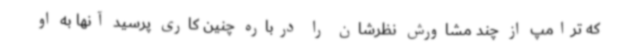
که ترامپ از چند مشاورش نظرشان را درباره چنین کاری پرسید آنها به او